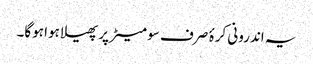
یہ اندرونی کرۂ صرف سو میٹر پر پھیلا ہوا ہوگا۔